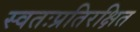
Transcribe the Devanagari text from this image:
स्वतःप्रतिरक्षित